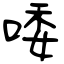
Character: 唩